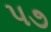
પ૭